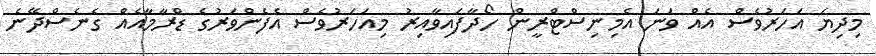
މިދިޔަ އަހަރުވެސް އެއް ވަނަ އެމިނިސްޓްރީން ހޯދާފައިވާއިރު މިއަހަރުވެސް އެފެންވަރުގެ ޑްރާމާއެއް ގެނެސްދޭނެ